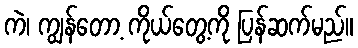
ကဲ၊ ကျွန်တော့ ကိုယ်တွေ့ကို ပြန်ဆက်မည်။